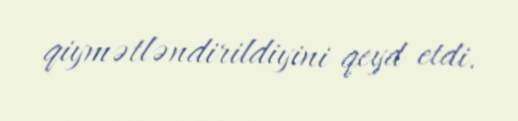
qiymətləndirildiyini qeyd etdi.